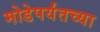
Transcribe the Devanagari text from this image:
मोडेपर्यंतच्या